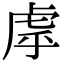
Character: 虖